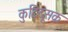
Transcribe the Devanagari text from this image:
कुटिदूसक